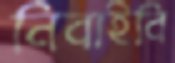
নিবাইবি